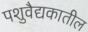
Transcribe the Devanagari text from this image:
पशुवैद्यकातील